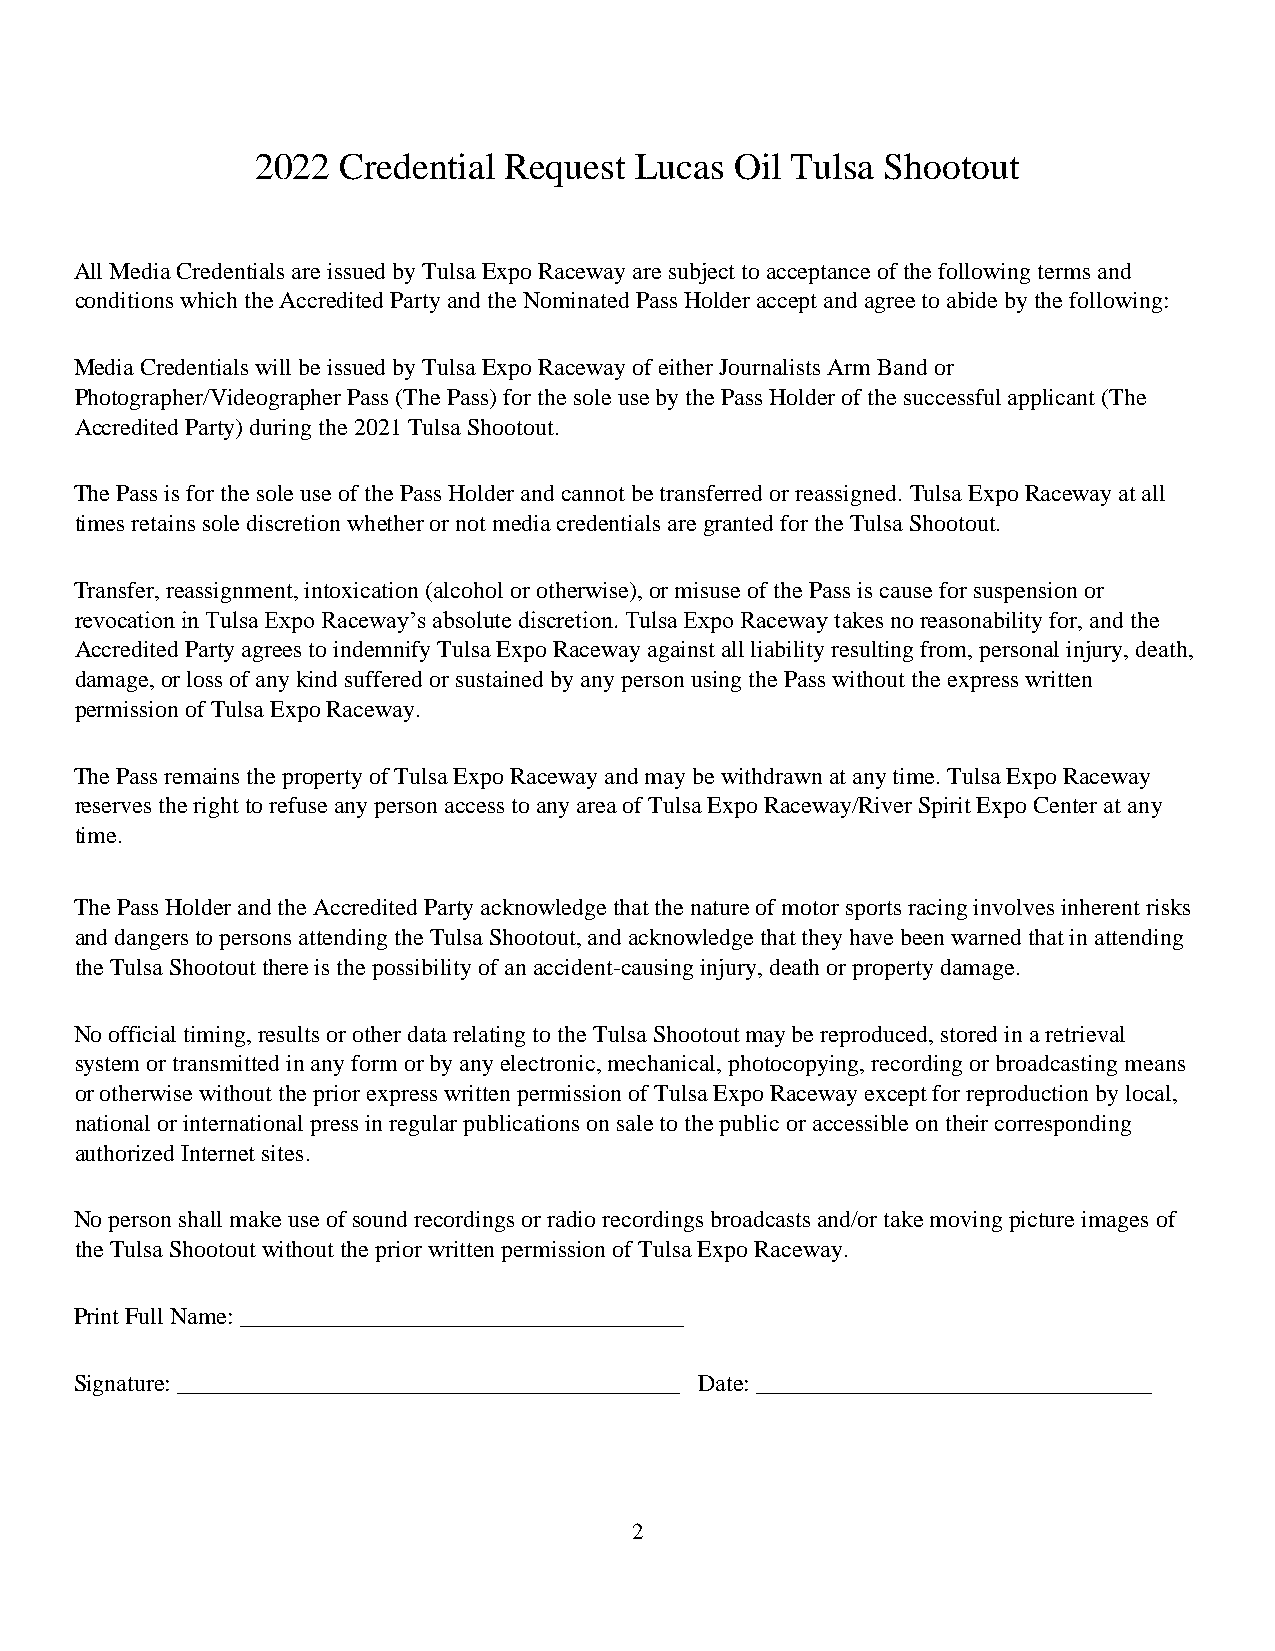
2022 Credential Request  Lucas  Oil Tulsa Shootout
 All Media Credentials are issued by Tulsa Expo Raceway are subject to acceptance of the following terms and
 conditions which the Accredited Party and the Nominated Pass Holder accept and agree to abide by the following:
 Media Credentials will be issued by Tulsa Expo Raceway of either Journalists Arm Band or
 Photographer/Videographer Pass (The Pass) for the sole use by the Pass Holder of the successful applicant (The
 Accredited Party) during the 2021 Tulsa Shootout.
 The Pass is for the sole use of the Pass Holder and cannot be transferred or reassigned. Tulsa Expo Raceway at all
 times retains sole discretion whether or not media credentials are granted for the Tulsa Shootout.
 Transfer, reassignment, intoxication (alcohol or otherwise), or misuse of the Pass is cause for suspension or
 revocation in Tulsa Expo Raceway’s absolute discretion. Tulsa Expo Raceway takes no reasonability for, and the
 Accredited Party agrees to indemnify Tulsa Expo Raceway against all liability resulting from, personal injury, death,
 damage, or loss of any kind suffered or sustained by any person using the Pass without the express written
 permission of Tulsa Expo Raceway.
 The Pass remains the property of Tulsa Expo Raceway and may be withdrawn at any time. Tulsa Expo Raceway
 reserves the right to refuse any person access to any area of Tulsa Expo Raceway/River Spirit Expo Center at any
 time.
 The Pass Holder and the Accredited Party acknowledge that the nature of motor sports racing involves inherent risks
 and dangers to persons attending the Tulsa Shootout, and acknowledge that they have been warned that in attending
 the Tulsa Shootout there is the possibility of an accident-causing injury, death or property damage.
 No official timing, results or other data relating to the Tulsa Shootout may be reproduced, stored in a retrieval
 system or transmitted in any form or by any electronic, mechanical, photocopying, recording or broadcasting means
 or otherwise without the prior express written permission of Tulsa Expo Raceway except for reproduction by local,
 national or international press in regular publications on sale to the public or accessible on their corresponding
 authorized Internet sites.
 No person shall make use of sound recordings or radio recordings broadcasts and/or take moving picture images of
 the Tulsa Shootout without the prior written permission of Tulsa Expo Raceway.
 Print Full Name: _____________________________________
 Signature: __________________________________________ Date: _________________________________
 2